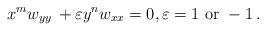
LaTeX: \begin{align*} x^mw_{yy}\, +\varepsilon y^nw_{xx}=0,\varepsilon =1\ \textrm{or}\ -1\, .\end{align*}